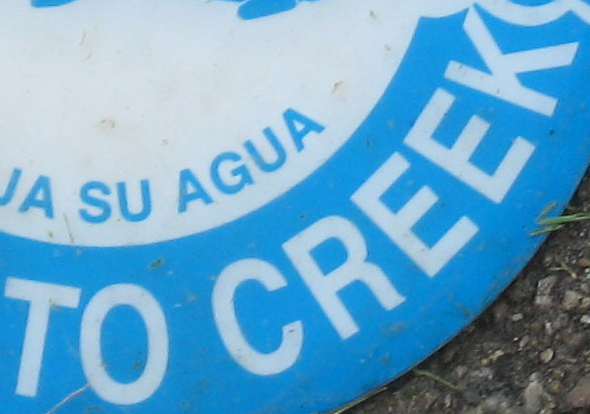
TO CREEK